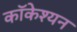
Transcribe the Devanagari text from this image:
कॉकेश्यन